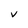
Character: V